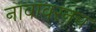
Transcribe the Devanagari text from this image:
नावावरनच